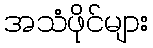
အသံဖိုင်များ